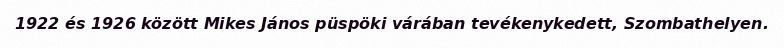
1922 és 1926 között Mikes János püspöki várában tevékenykedett, Szombathelyen.